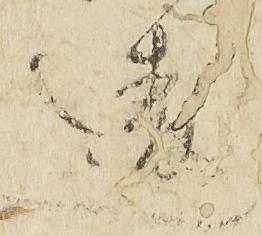
違